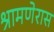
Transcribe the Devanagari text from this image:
श्रामणेरास